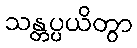
သန္တပ္ပယိတွာ